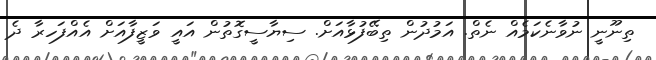
ތިނޫނީ ނުވާނެކަމެއް ނެތް. އަމުދުން ތިބޭފުޅާއަށް. ސިޔާސީގޮތުން އައީ ވަޒީފާއަށް އެއްފަހރާ ދެ